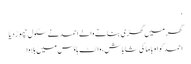
‘
گھر میں گھڑی بنانے والے احمد نے سکول چھوڑ دیا
احمد کو اوباما کی شاباش، وائٹ ہاؤس میں بلاوا